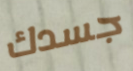
جسدك